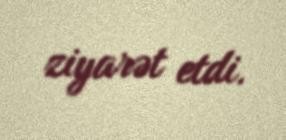
ziyarət etdi.